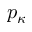
p _ { \kappa }